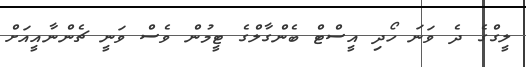
ލީގްގެ ދެ ވަނަ ހޯދި އީސްޓް ބެންގާލްގެ ޓީމުން ވެސް ވަނީ ޗެންނާއީއަށް